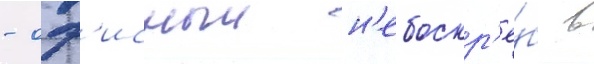
- оф'исныи н'ебоскр'ё́б в